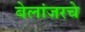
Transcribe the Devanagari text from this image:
बेलांजरचे